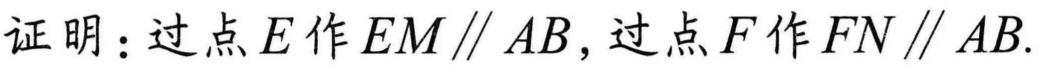
证明：过点\(E\)作\(EM\parallel AB\)，过点\(F\)作\(FN\parallel AB\).